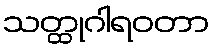
သတ္ထုဂါရဝတာ